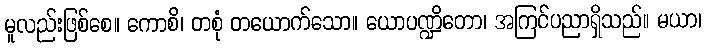
မူလည်းဖြစ်စေ။ ကောစိ၊ တစုံ တယောက်သော။ ယောပဏ္ဍိတော၊ အကြင်ပညာရှိသည်။ မယာ၊